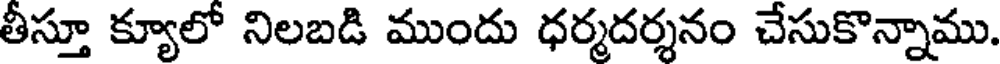
తీస్తూ క్యూలో నిలబడి ముందు ధర్మదర్శనం చేసుకొన్నాము.